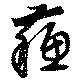
蘇